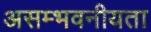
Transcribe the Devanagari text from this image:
असम्भवनीयता